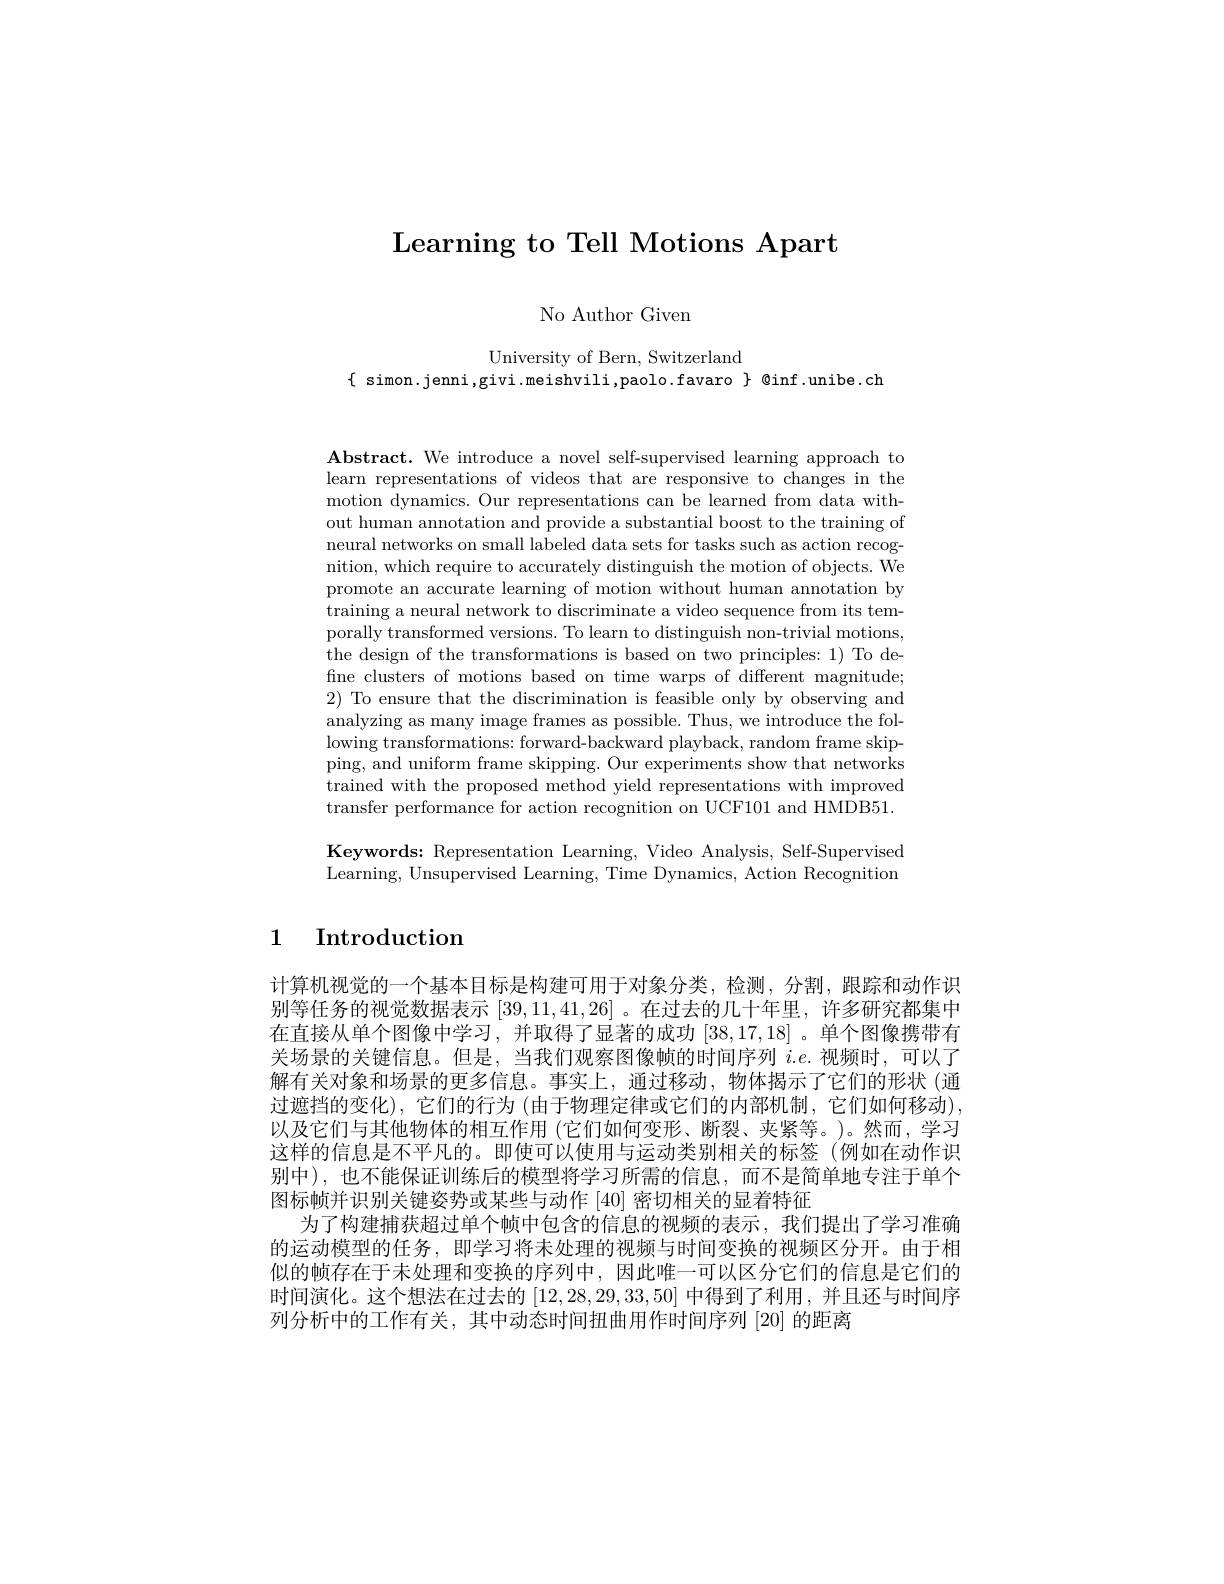
Learning to Tell Motions Apart

No Author Given

University of Bern, Switzerland
$\{$ simon. jenni,givi .meishvili ,paolo.favaro $\}$ @inf.unibe.ch

Abstract. We introduce a novel self-supervised learning approach to learn representations of videos that are responsive to changes in the motion dynamics. Our representations can be learned from data without human annotation and provide a substantial boost to the training of neural networks on small labeled data sets for tasks such as action recognition, which require to accurately distinguish the motion of objects. We promote an accurate learning of motion without human annotation by training a neural network to discriminate a video sequence from its temporally transformed versions. To learn to distinguish non-trivial motions, the design of the transformations is based on two principles: 1) To define clusters of motions based on time warps of different magnitude; 2) To ensure that the discrimination is feasible only by observing and analyzing as many image frames as possible. Thus, we introduce the following transformations: forward-backward playback, random frame skipping, and uniform frame skipping. Our experiments show that networks trained with the proposed method yield representations with improved transfer performance for action recognition on UCF101 and HMDB51.

Keywords: Representation Learning, Video Analysis, Self-Supervised Learning, Unsupervised Learning, Time Dynamics, Action Recognition

# 1 Introduction

计算机视觉的一个基本目标是构建可用于对象分类，检测，分割，跟踪和动作识别等任务的视觉数据表示[39,11,41,26] 。在过去的几十年里，许多研究都集中在直接从单个图像中学习，并取得了显著的成功[38,17,18] 。单个图像携带有关场景的关键信息。但是，当我们观察图像帧的时间序列$i.e.$视频时，可以了解有关对象和场景的更多信息。事实上，通过移动，物体揭示了它们的形状(通过遮挡的变化),它们的行为 (由于物理定律或它们的内部机制，它们如何移动), 以及它们与其他物体的相互作用 (它们如何变形、断裂、夹紧等。)。然而，学习这样的信息是不平凡的。即使可以使用与运动类别相关的标签(例如在动作识别中),也不能保证训练后的模型将学习所需的信息，而不是简单地专注于单个图标帧并识别关键姿势或某些与动作[40]密切相关的显着特征
为了构建捕获超过单个帧中包含的信息的视频的表示，我们提出了学习准确的运动模型的任务，即学习将未处理的视频与时间变换的视频区分开。由于相似的帧存在于未处理和变换的序列中，因此唯一可以区分它们的信息是它们的时间演化。这个想法在过去的[12,28,29,33,50]中得到了利用，并且还与时间序列分析中的工作有关，其中动态时间扭曲用作时间序列 [20] 的距离